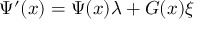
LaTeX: \Psi ^ { \prime } ( x ) = \Psi ( x ) \lambda + G ( x ) \xi